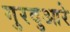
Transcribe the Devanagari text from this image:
गुरदुआरे